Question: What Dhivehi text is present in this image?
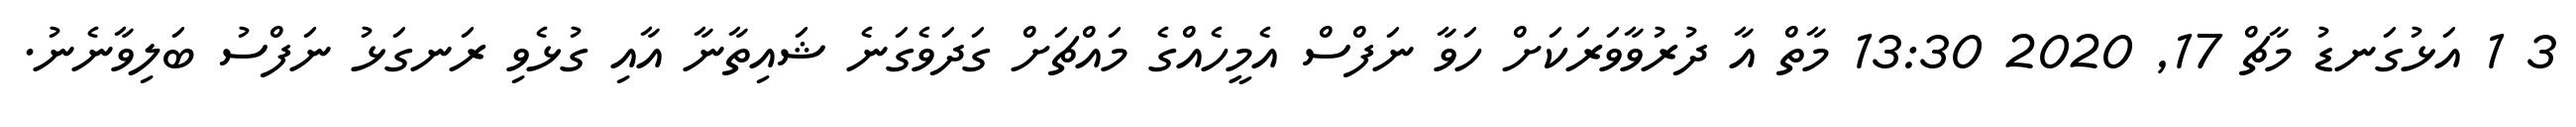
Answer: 3 1 އަޅުގަނޑު މާޗް 17, 2020 13:30 މާތް އާ ދުރުވާވަރަކަށް ހަވާ ނަފްސް އެމީހެއްގެ މައްޗަށް ގަދަވެގަނެ ޝައިތާނާ އާއި ގުޅެވި ރަނގަޅު ނަފްސު ބަލިވާނެނު.